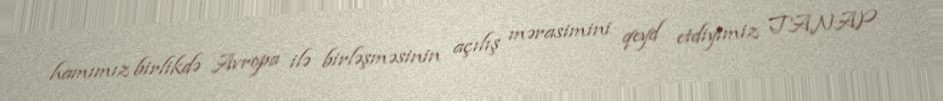
hamımız birlikdə Avropa ilə birləşməsinin açılış mərasimini qeyd etdiyimiz TANAP